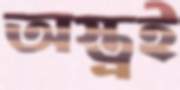
অস্ত্রই